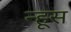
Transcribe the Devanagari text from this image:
न्हूस